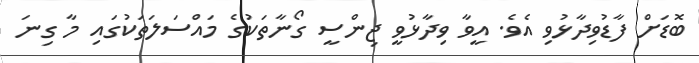
ބޮޑަށް ފާޑުވިދާޅުވި އެވެ. އީވާ ވިދާާޅުވީ ޖިންސީ ގޯނާތަކުގެ މައްސަލަތަކުގައި މާ ގިނަ